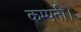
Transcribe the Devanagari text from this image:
कम्पनी।